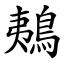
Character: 鴺